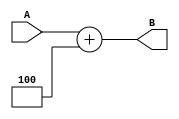
`timescale 1ns/1ns
module Adder1 (
	input [31:0]A,
	output[31:0]B
);

assign B = A + 4;
endmodule